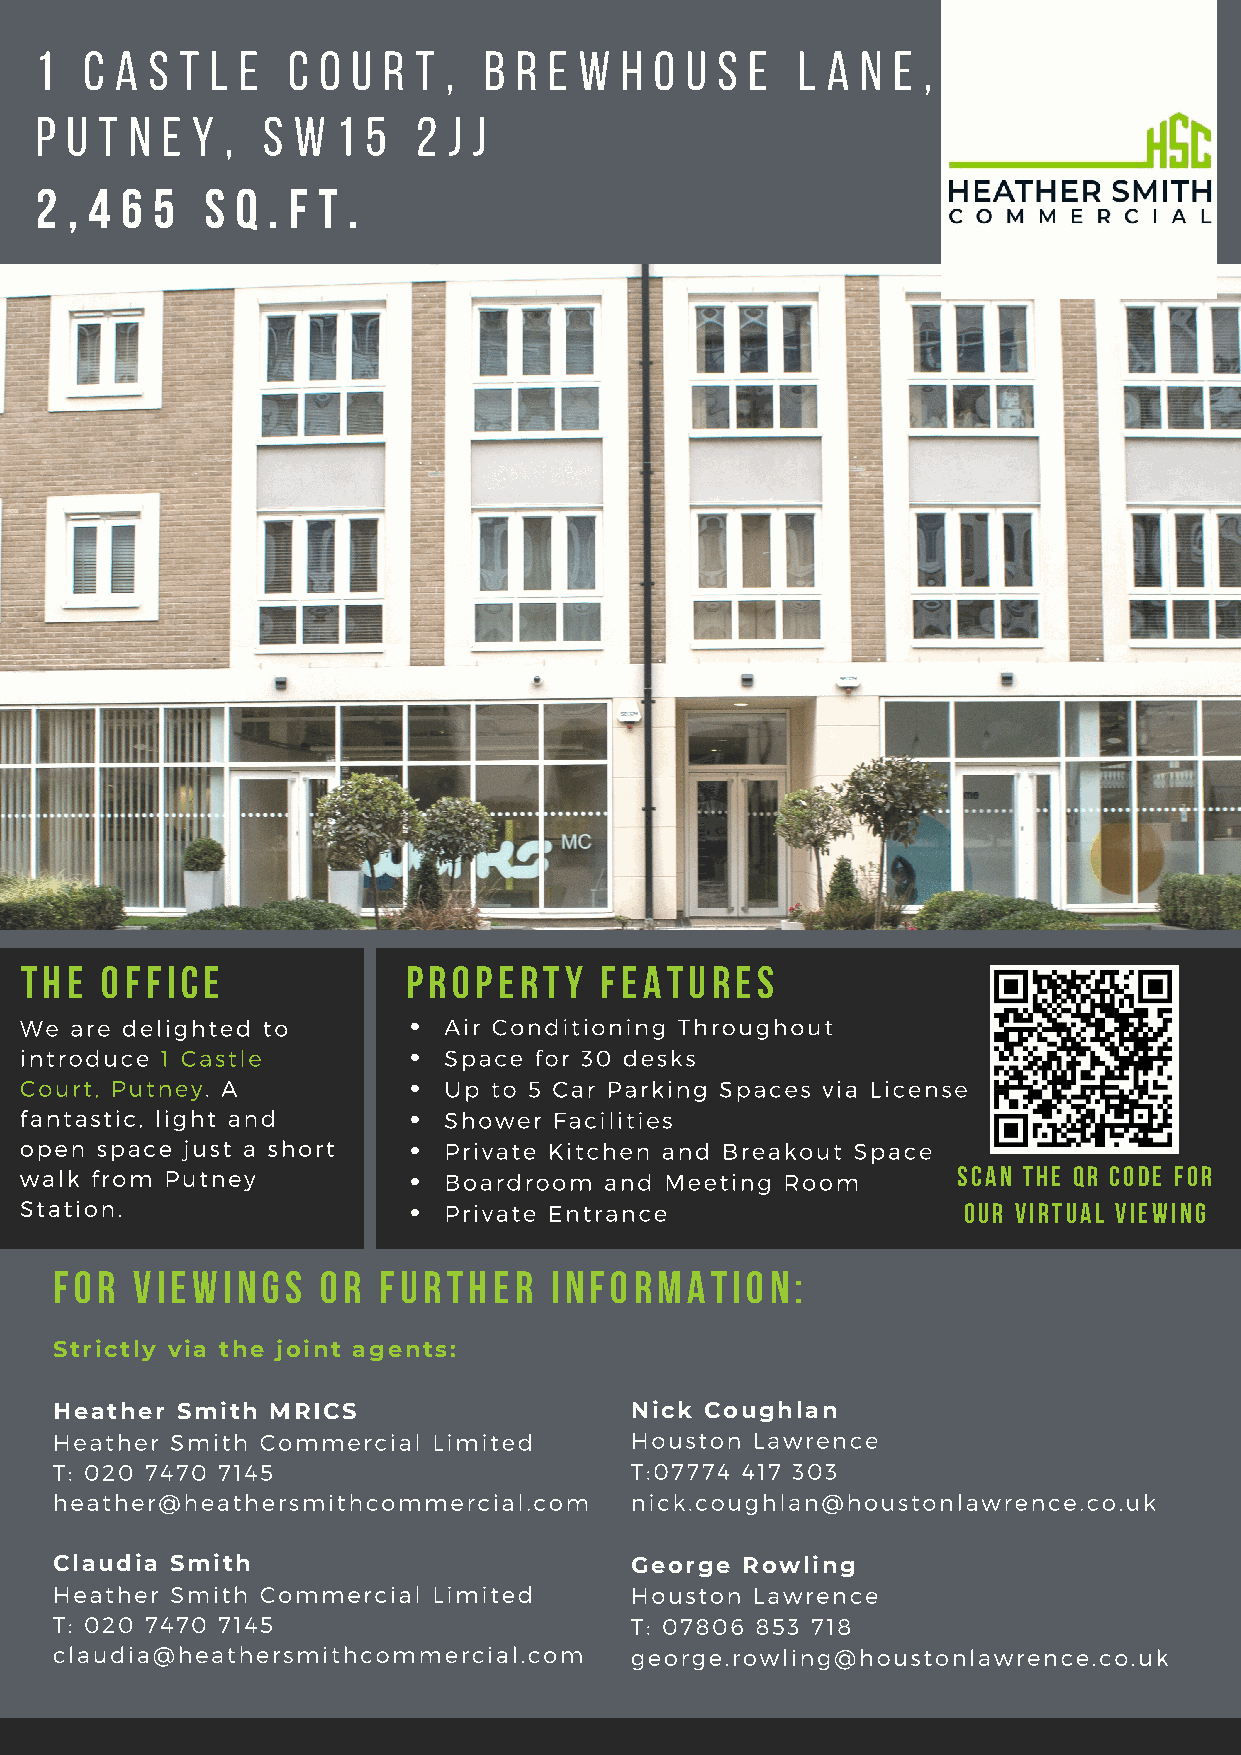
1   C A S T L E  C O U R T ,  B R E W  H O U S  E  L A N E ,
 P U T  N E Y , S W  1 5   2 J J
 2 , 4 6 5   S Q . F T .
 the   office              property     features
 We  are delighted to        Air Conditioning Throughout
 introduce 1 Castle          Space for 30 desks
 Court, Putney. A            Up  to 5 Car Parking Spaces via License
 fantastic, light and        Shower  Facilities
 open space just a short     Private Kitchen and Breakout Space
 walk from Putney            Boardroom  and Meeting Room       scan the qr code for
 Station.                    Private Entrance                   our virtual viewing
 FOR   VIEWINGS    OR  further    information:
 Strictly via the joint agents:
 Heather  Smith MRICS                   Nick Coughlan
 Heather Smith Commercial  Limited      Houston Lawrence
 T: 020 7470 7145                       T:07774 417 303
 heather@heathersmithcommercial.com     nick.coughlan@houstonlawrence.co.uk
 Claudia Smith                          George Rowling
 Heather Smith Commercial  Limited      Houston Lawrence
 T: 020 7470 7145                       T: 07806 853 718
 claudia@heathersmithcommercial.com     george.rowling@houstonlawrence.co.uk